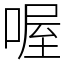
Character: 喔